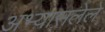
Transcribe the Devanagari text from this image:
अभ्यासलेले